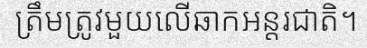
ត្រឹមត្រូវមួយលើឆាកអន្តរជាតិ។